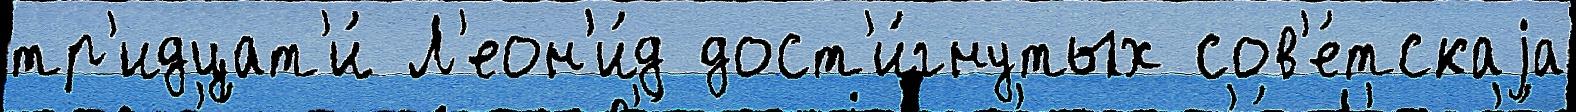
тр'идцат'и́ Л'еон'и́д дост'и́гнутых сов'е́тскаjа